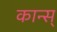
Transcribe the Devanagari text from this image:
कान्स्